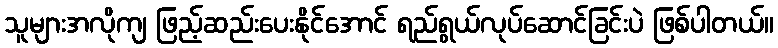
သူများအလိုကျ ဖြည့်ဆည်းပေးနိုင်အောင် ရည်ရွယ်လုပ်ဆောင်ခြင်းပဲ ဖြစ်ပါတယ်။